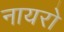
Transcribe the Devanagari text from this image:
नायरो